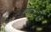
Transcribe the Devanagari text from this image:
जाणकारीने